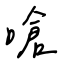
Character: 嗆